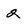
Character: 2